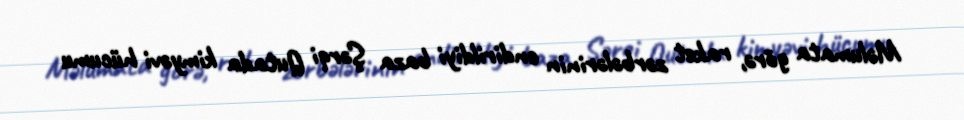
Məlumata görə, raket zərbələrinin endirildiyi baza Şərqi Qutada kimyəvi hücumu